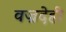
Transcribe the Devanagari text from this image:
वज्रदेही